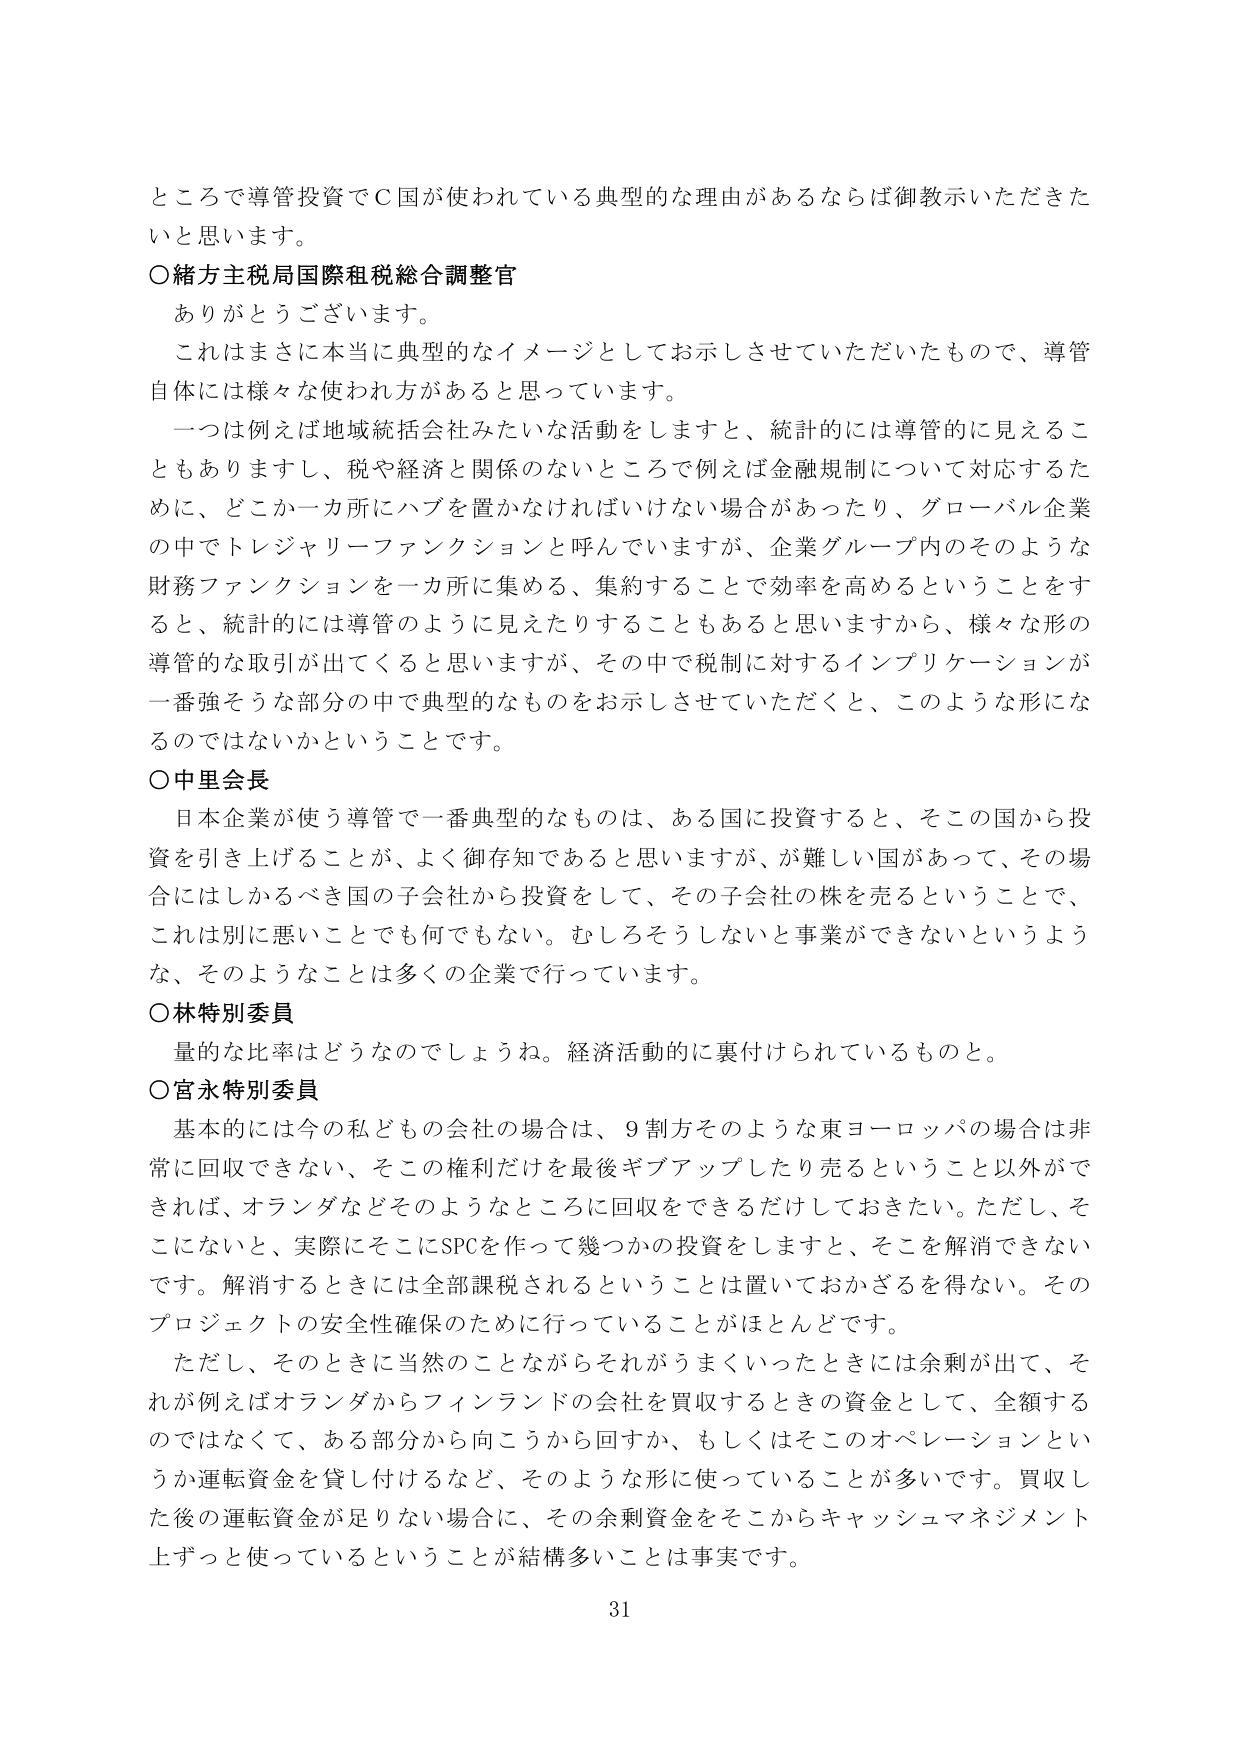
ところで導管投資でＣ国が使われている典型的な理由があるならば御教示いただきたいと思います。

○緒方主税局国際租税総合調整官
ありがとうございます。
これはまさに本当に典型的なイメージとしてお示しさせていただいたもので、導管自体には様々な使われ方があると思っています。
一つは例えば地域統括会社みたいな活動をしますと、統計的には導管的に見えることもありますし、税や経済と関係のないところで例えば金融規制について対応するために、どこか一カ所にハブを置かなければならない場合があったり、グローバル企業の中でトレジャリーファンクションと呼んでいますが、企業グループ内のそのような財務ファンクションを一カ所に集める、集約することで効率を高めるということをすると、統計的には導管のように見えたりすることもあると思いますから、様々な形の導管的な取引が出てくると思いますが、その中で税制に対するインプリケーションが一番強そうな部分の中で典型的なものをお示しさせていただくと、このような形になるのではないかということです。

○中里会長
日本企業が使う導管で一番典型的なものは、ある国に投資すると、そこの国から投資を引き上げることが、よく御存知であると思いますが、が難しい国があって、その場合にはしかるべき国の子会社から投資をして、その子会社の株を売るということで、これは別に悪いことでも何でもない。むしろそうしないと事業ができないというような、そのようなことは多くの企業で行っています。

○林特別委員
量的な比率はどうなのでしょうね。経済活動的に裏付けられているものと。

○宮永特別委員
基本的には今の私どもの会社の場合は、９割方そのような東ヨーロッパの場合は非常に回収できない、そこの権利だけを最後ギブアップしたり売るということ以外ができれば、オランダなどそのようなところに回収をできるだけしておきたい。ただし、そこにないと、実際にそこにSPCを作って幾つかの投資をしますと、そこを解消できないです。解消するときには全部課税されるということは置いておかざるを得ない。そのプロジェクトの安全性確保のために行っていることがほとんどです。
ただし、そのときに当然のことながらそれがうまくいったときには余剰が出て、それが例えばオランダからフィンランドの会社を買収するときの資金として、全額するのではなくて、ある部分から向こうから回すか、もしくはそこのオペレーションというか運転資金を貸し付けるなど、そのような形に使っていることが多いです。買収した後の運転資金が足りない場合に、その余剰資金をそこからキャッシュマネジメント上ずっと使っているということが結構多いことは事実です。

31